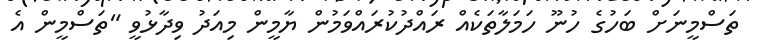
ތަސްމީނަށް ބަހުގެ ހުނޫ ހަމަލާތަކެއް ރައްދުކުރައްވަމުން ޔާމީން މިއަދު ވިދާޅުވީ "ތަސްމީން އެ